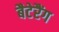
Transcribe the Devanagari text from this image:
बैटेरैंग